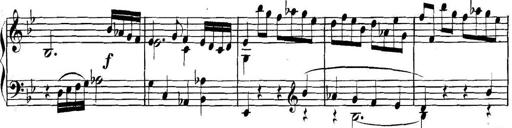
Title: Collected Piano Sonatas
Composer: Muzio Clementi